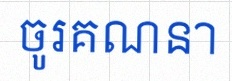
ចូរគណនា